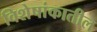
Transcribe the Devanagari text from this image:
विशेषांकातील